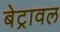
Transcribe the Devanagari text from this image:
बेट्रावल